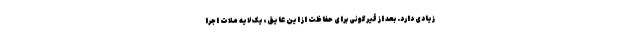
زیادی دارد. بعد از قیرگونی برای حفاظت از این عایق، یک لایه ملات اجرا